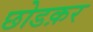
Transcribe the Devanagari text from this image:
छोडक़र